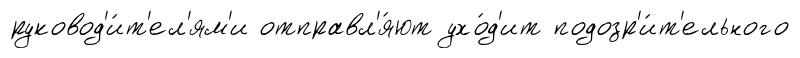
руковод'и́т'ел'ям'и отправл'я́ют ухо́д'ит подозр'и́т'ельного